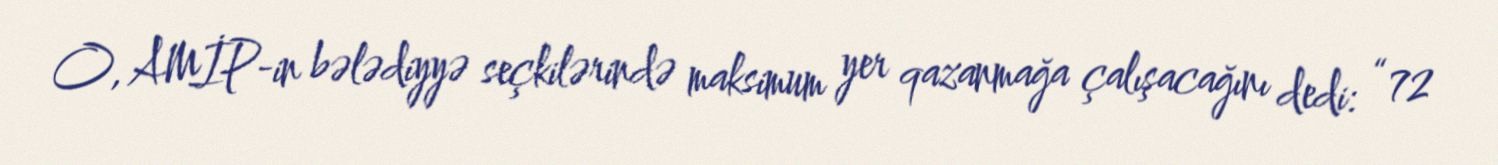
O, AMİP-in bələdiyyə seçkilərində maksimum yer qazanmağa çalışacağını dedi: “72